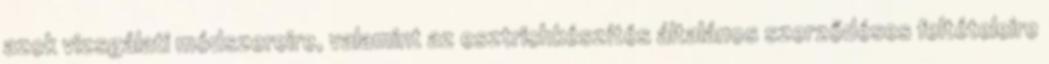
azok vizsgálati módszereire, valamint az esztrichkészítés általános szerződéses feltételeire